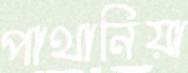
পাথানিয়া